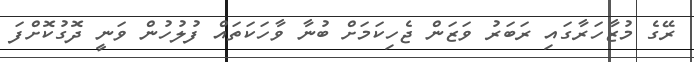
ރޭގެ މުޒާހަރާގައި ރަބަރު ވަޒަން ޖެހިކަމަށް ބުނާ ވާހަކަތައް ފުލުހުން ވަނީ ދޮގުކޮށްފަ